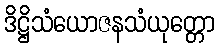
ဒိဋ္ဌိသံယောဇနသံယုတ္တော